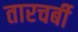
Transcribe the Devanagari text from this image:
तारचर्बी